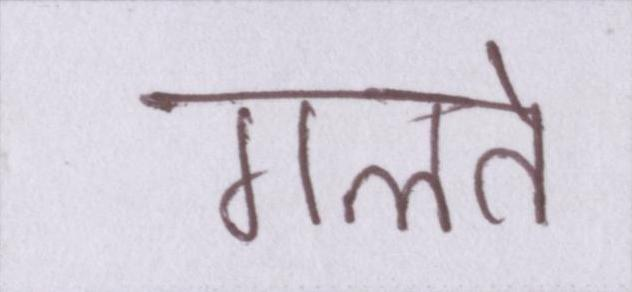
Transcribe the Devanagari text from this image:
गलते